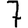
Digit: 7